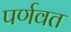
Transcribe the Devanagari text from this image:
पर्णवत